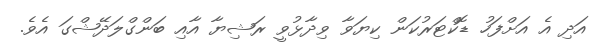
އަދި އެ އަށްފަހު ޑޮކްޓަރުކަން ކިޔަވާ ވިދާޅުވީ ރަޝިޔާ އާއި ބަންގްލަދޭޝްގަ އެވެ.